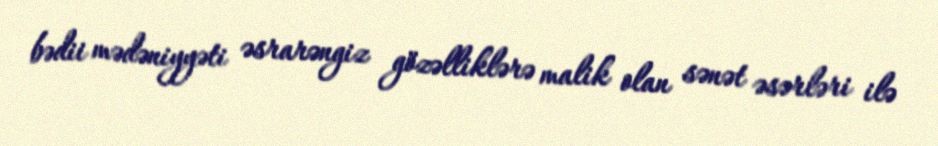
bədii mədəniyyəti əsrarəngiz gözəlliklərə malik olan sənət əsərləri ilə